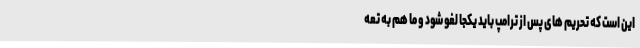
این است که تحریم های پس از ترامپ باید یکجا لغو شود و ما هم به تعه